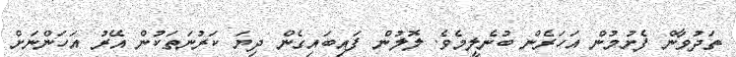
ތަދުވާން ފެށުމުން އަހަރެން ބުނެލީމެވެ. ލޮލުން ފައިބައިގެން ދިޔަ ކަރުނަތަކުން އޭރު އަހަންނަށް